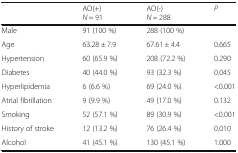
|  | AO(+)N = 91 | AO(-)N = 288 | P |
 | --- | --- | --- | --- |
 | Male | 91 (100 %) | 288 (100 %) |  |
 | Age | 63.28 ± 7.9 | 67.61 ± 4.4 | 0.665 |
 | Hypertension | 60 (65.9 %) | 208 (72.2 %) | 0.290 |
 | Diabetes | 40 (44.0 %) | 93 (32.3 %) | 0.045 |
 | Hyperlipidemia | 6 (6.6 %) | 69 (24.0 %) | <0.001 |
 | Atrial fibrillation | 9 (9.9 %) | 49 (17.0 %) | 0.132 |
 | Smoking | 52 (57.1 %) | 89 (30.9 %) | <0.001 |
 | History of stroke | 12 (13.2 %) | 76 (26.4 %) | 0.010 |
 | Alcohol | 41 (45.1 %) | 130 (45.1 %) | 1.000 |